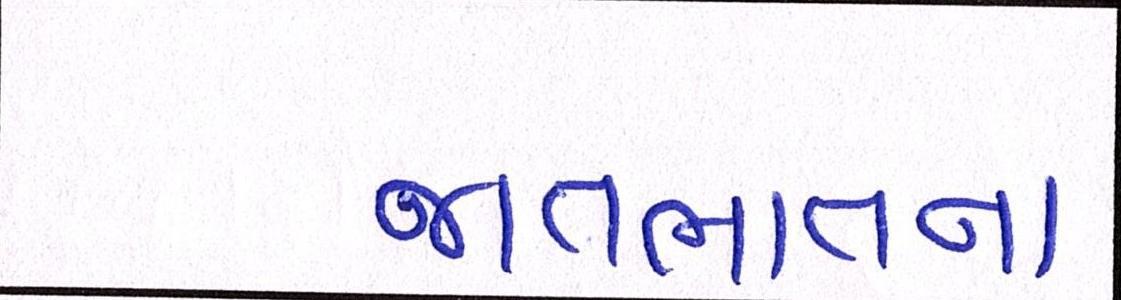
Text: જાતભાતના